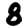
Digit: 8